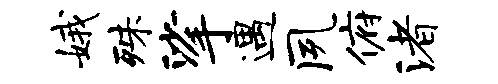
娥殊挲遇夙俯渚